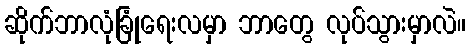
ဆိုက်ဘာလုံခြုံရေးလမှာ ဘာတွေ လုပ်သွားမှာလဲ။